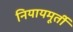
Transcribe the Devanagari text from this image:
नियायमूर्ती